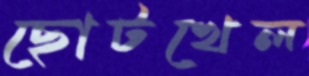
ছোটখেল